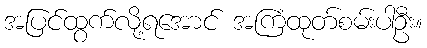
အပြင်ထွက်လို့ရအောင် အကြံထုတ်စမ်းပါဦး။